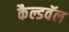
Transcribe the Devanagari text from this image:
कैल्डवॅल